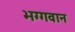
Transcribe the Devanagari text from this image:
भग्गवान